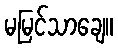
မမြင်သာချေ။